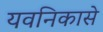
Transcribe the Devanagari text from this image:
यवनिकासे